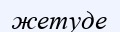
жетуде